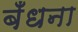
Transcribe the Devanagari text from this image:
बँधना